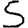
Digit: 5